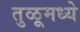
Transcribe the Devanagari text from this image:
तुळूमध्ये